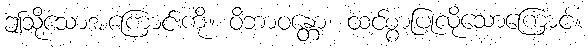
ဤသို့သောအကြောင်းကို။ ဝိဘာဝန္တော၊ ထင်စွာပြုလိုသောကြောင့်။